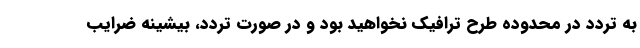
به تردد در محدوده طرح ترافیک نخواهید بود و در صورت تردد، بیشینه ضرایب